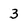
Character: 3